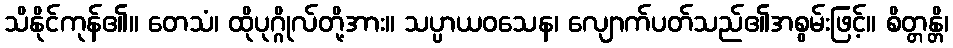
သိနိုင်ကုန်၏။ တေသံ၊ ထိုပုဂ္ဂိုလ်တို့အား။ သပ္ပာယဝသေန၊ လျောက်ပတ်သည်၏အစွမ်းဖြင့်။ စိတ္တန္တိ၊